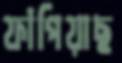
ফাঁপিয়াছ